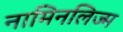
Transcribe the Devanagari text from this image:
नामिनलिज्म